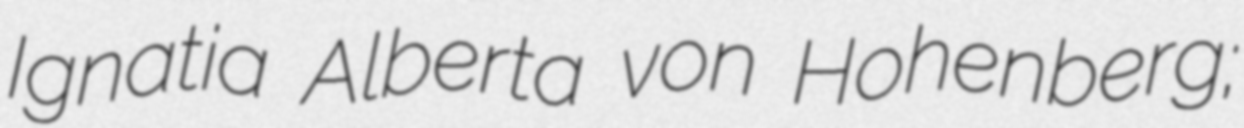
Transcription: Ignatia Alberta von Hohenberg;